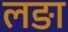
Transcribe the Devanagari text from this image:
लङा